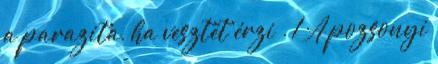
a parazita, ha vesztét érzi . 1 A pozsonyi